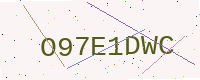
Text: O97E1DWC